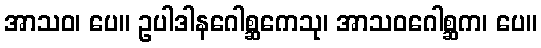
အာသဝ၊ ပေ။ ဥပါဒါနဂေါစ္ဆကေသု၊ အာသဝဂေါစ္ဆက၊ ပေ။